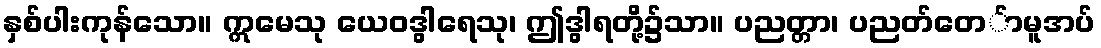
နှစ်ပါးကုန်သော။ ဣမေသု ယေဝဒွါရေသု၊ ဤဒွါရတို့၌သာ။ ပညတ္တာ၊ ပညတ်တေ်ာမူအပ်